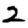
Digit: 2